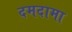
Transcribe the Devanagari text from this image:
दमदामा